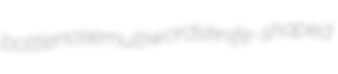
bottlenose multiwords knife-shaped